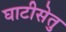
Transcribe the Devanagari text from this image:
घाटीसेतु